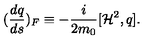
( \frac { d q } { d s } ) _ { F } \equiv - \frac { i } { 2 m _ { 0 } } [ { \cal H } ^ { 2 } , q ] .